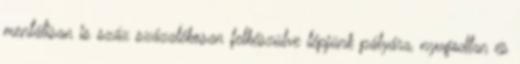
mentálisan is száz százalékosan felkészülve lépjünk pályára, nyugodtan és